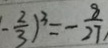
- \frac { 2 } { 3 } ) ^ { 3 } = - \frac { 8 } { 2 7 }